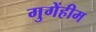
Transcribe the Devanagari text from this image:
गुगेंहीम